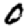
Digit: 0